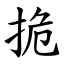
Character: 㧪